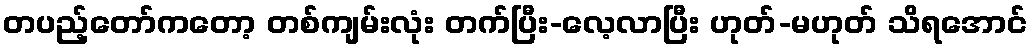
တပည့်တော်ကတော့ တစ်ကျမ်းလုံး တက်ပြီး-လေ့လာပြီး ဟုတ်-မဟုတ် သိရအောင်